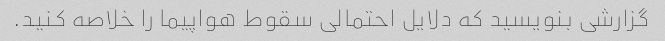
گزارشی بنویسید که دلایل احتمالی سقوط هواپیما را خلاصه کنید.